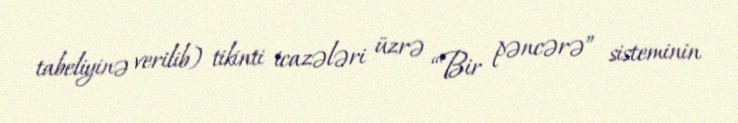
tabeliyinə verilib) tikinti icazələri üzrə “Bir pəncərə” sisteminin